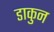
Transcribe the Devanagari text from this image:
डाकुन